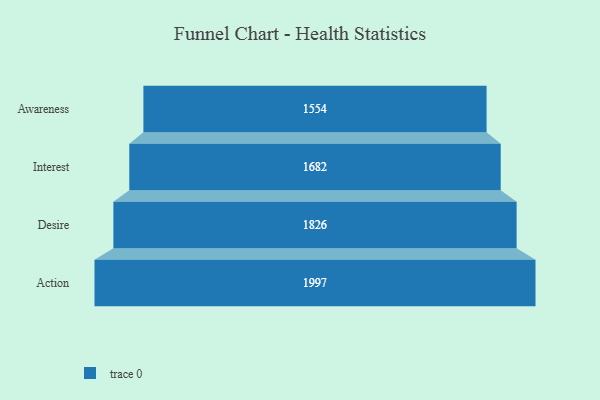
{"axis": {"x": "Stage", "y": "Value"}, "legend": [""], "data": [{"x": "Awareness", "y": 1554.0, "type": ""}, {"x": "Interest", "y": 1682.0, "type": ""}, {"x": "Desire", "y": 1826.0, "type": ""}, {"x": "Action", "y": 1997.0, "type": ""}]}